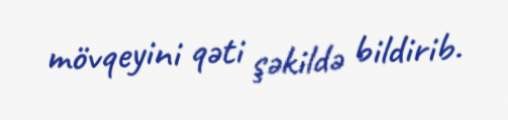
mövqeyini qəti şəkildə bildirib.